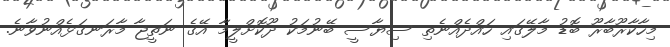
މިހާކާރޫބާރޫ ބޮޑު މާލޭގައި ހައްދެއްނެތި ސިޔާސީ ބޭނުމަކު ދޫކޮށްލީމާ އޭގެ ނަތީޖާ މާރަނގަޅެއްނުވާނެ.